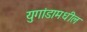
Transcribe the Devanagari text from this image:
युगांडामधील